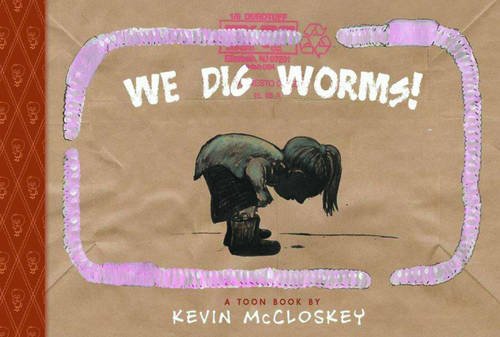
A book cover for We Dig Worms!: TOON Level 1 (Toon Books); Children's Books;